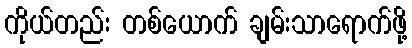
ကိုယ်တည်း တစ်ယောက် ချမ်းသာရောက်ဖို့